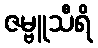
ဇမ္ဗူသီရိ